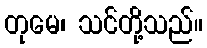
တုမေ၊ သင်တို့သည်။